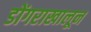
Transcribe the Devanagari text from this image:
डोंगराखालून